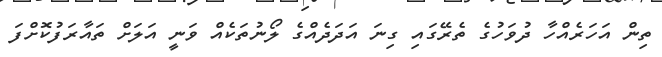
ތިން އަހަރެއްހާ ދުވަހުގެ ތެރޭގައި ގިނަ އަދަދެއްގެ ލޯނުތަކެއް ވަނީ އަލަށް ތައާރަފުކޮށްފަ